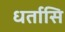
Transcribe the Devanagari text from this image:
धर्तासि